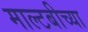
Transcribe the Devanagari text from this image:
माल्टबीच्या